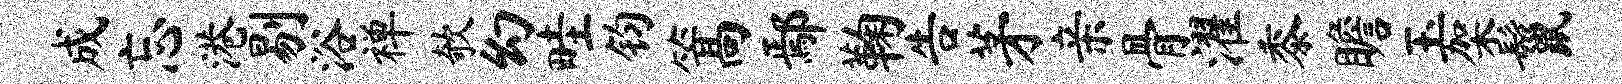
成忘港剔浴禅欹幻畦钧篙鄢鞠告茅亲骨濯黍瞻玉架鬣